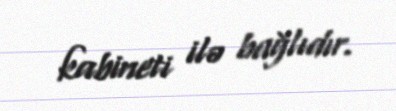
kabineti ilə bağlıdır.